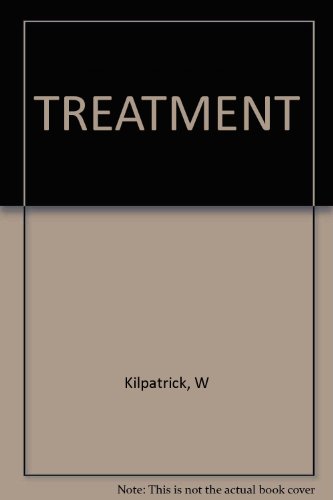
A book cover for Treatment: How Prayer in Christian Science Transforms Consciousness and Heals; William D. Kilpatrick; Christian Books & Bibles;